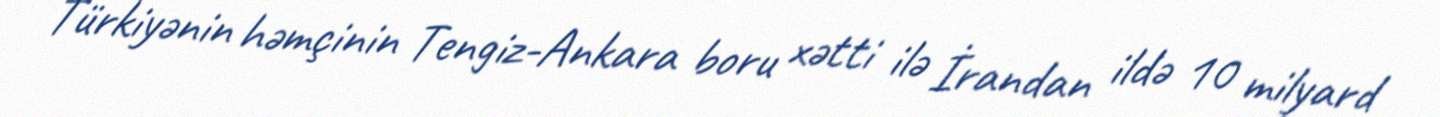
Türkiyənin həmçinin Tengiz-Ankara boru xətti ilə İrandan ildə 10 milyard